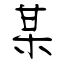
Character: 某